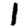
Digit: 1